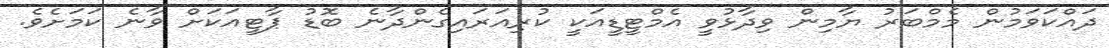
ދައްކަވަމުން މެމްބަރު ޔާމިން ވިދާޅުވީ އެމްޓީޑީއަކީ ކުރިއަރައިގެންދާނެ ބޮޑު ޕާޓީއަކަށް ވާނެ ކަމަށެވެ.